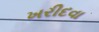
ખરીદવા